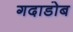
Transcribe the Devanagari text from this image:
गदाडोब